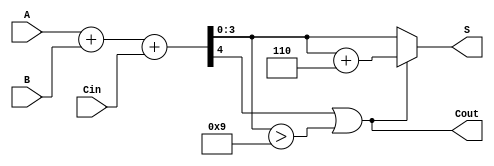
module BCD_Adder (
    input  [3:0] A,      // First BCD digit
    input  [3:0] B,      // Second BCD digit
    input        Cin,     // Carry-in
    output [3:0] S,      // BCD sum output
    output       Cout     // Carry-out
);

    wire [4:0] Sum;      // 5-bit sum to accommodate carry
    wire correction;      // Signal to indicate if correction is needed

    // Step 1: Perform binary addition
    assign Sum = A + B + Cin;

    // Step 2: Determine if correction is needed
    assign correction = (Sum[4] || (Sum[3:0] > 4'b1001));

    // Step 3: Calculate the corrected sum
    assign S = correction ? (Sum + 5'b00110) : Sum[3:0]; // Add 6 if correction is needed

    // Step 4: Set the carry-out
    assign Cout = correction;

endmodule